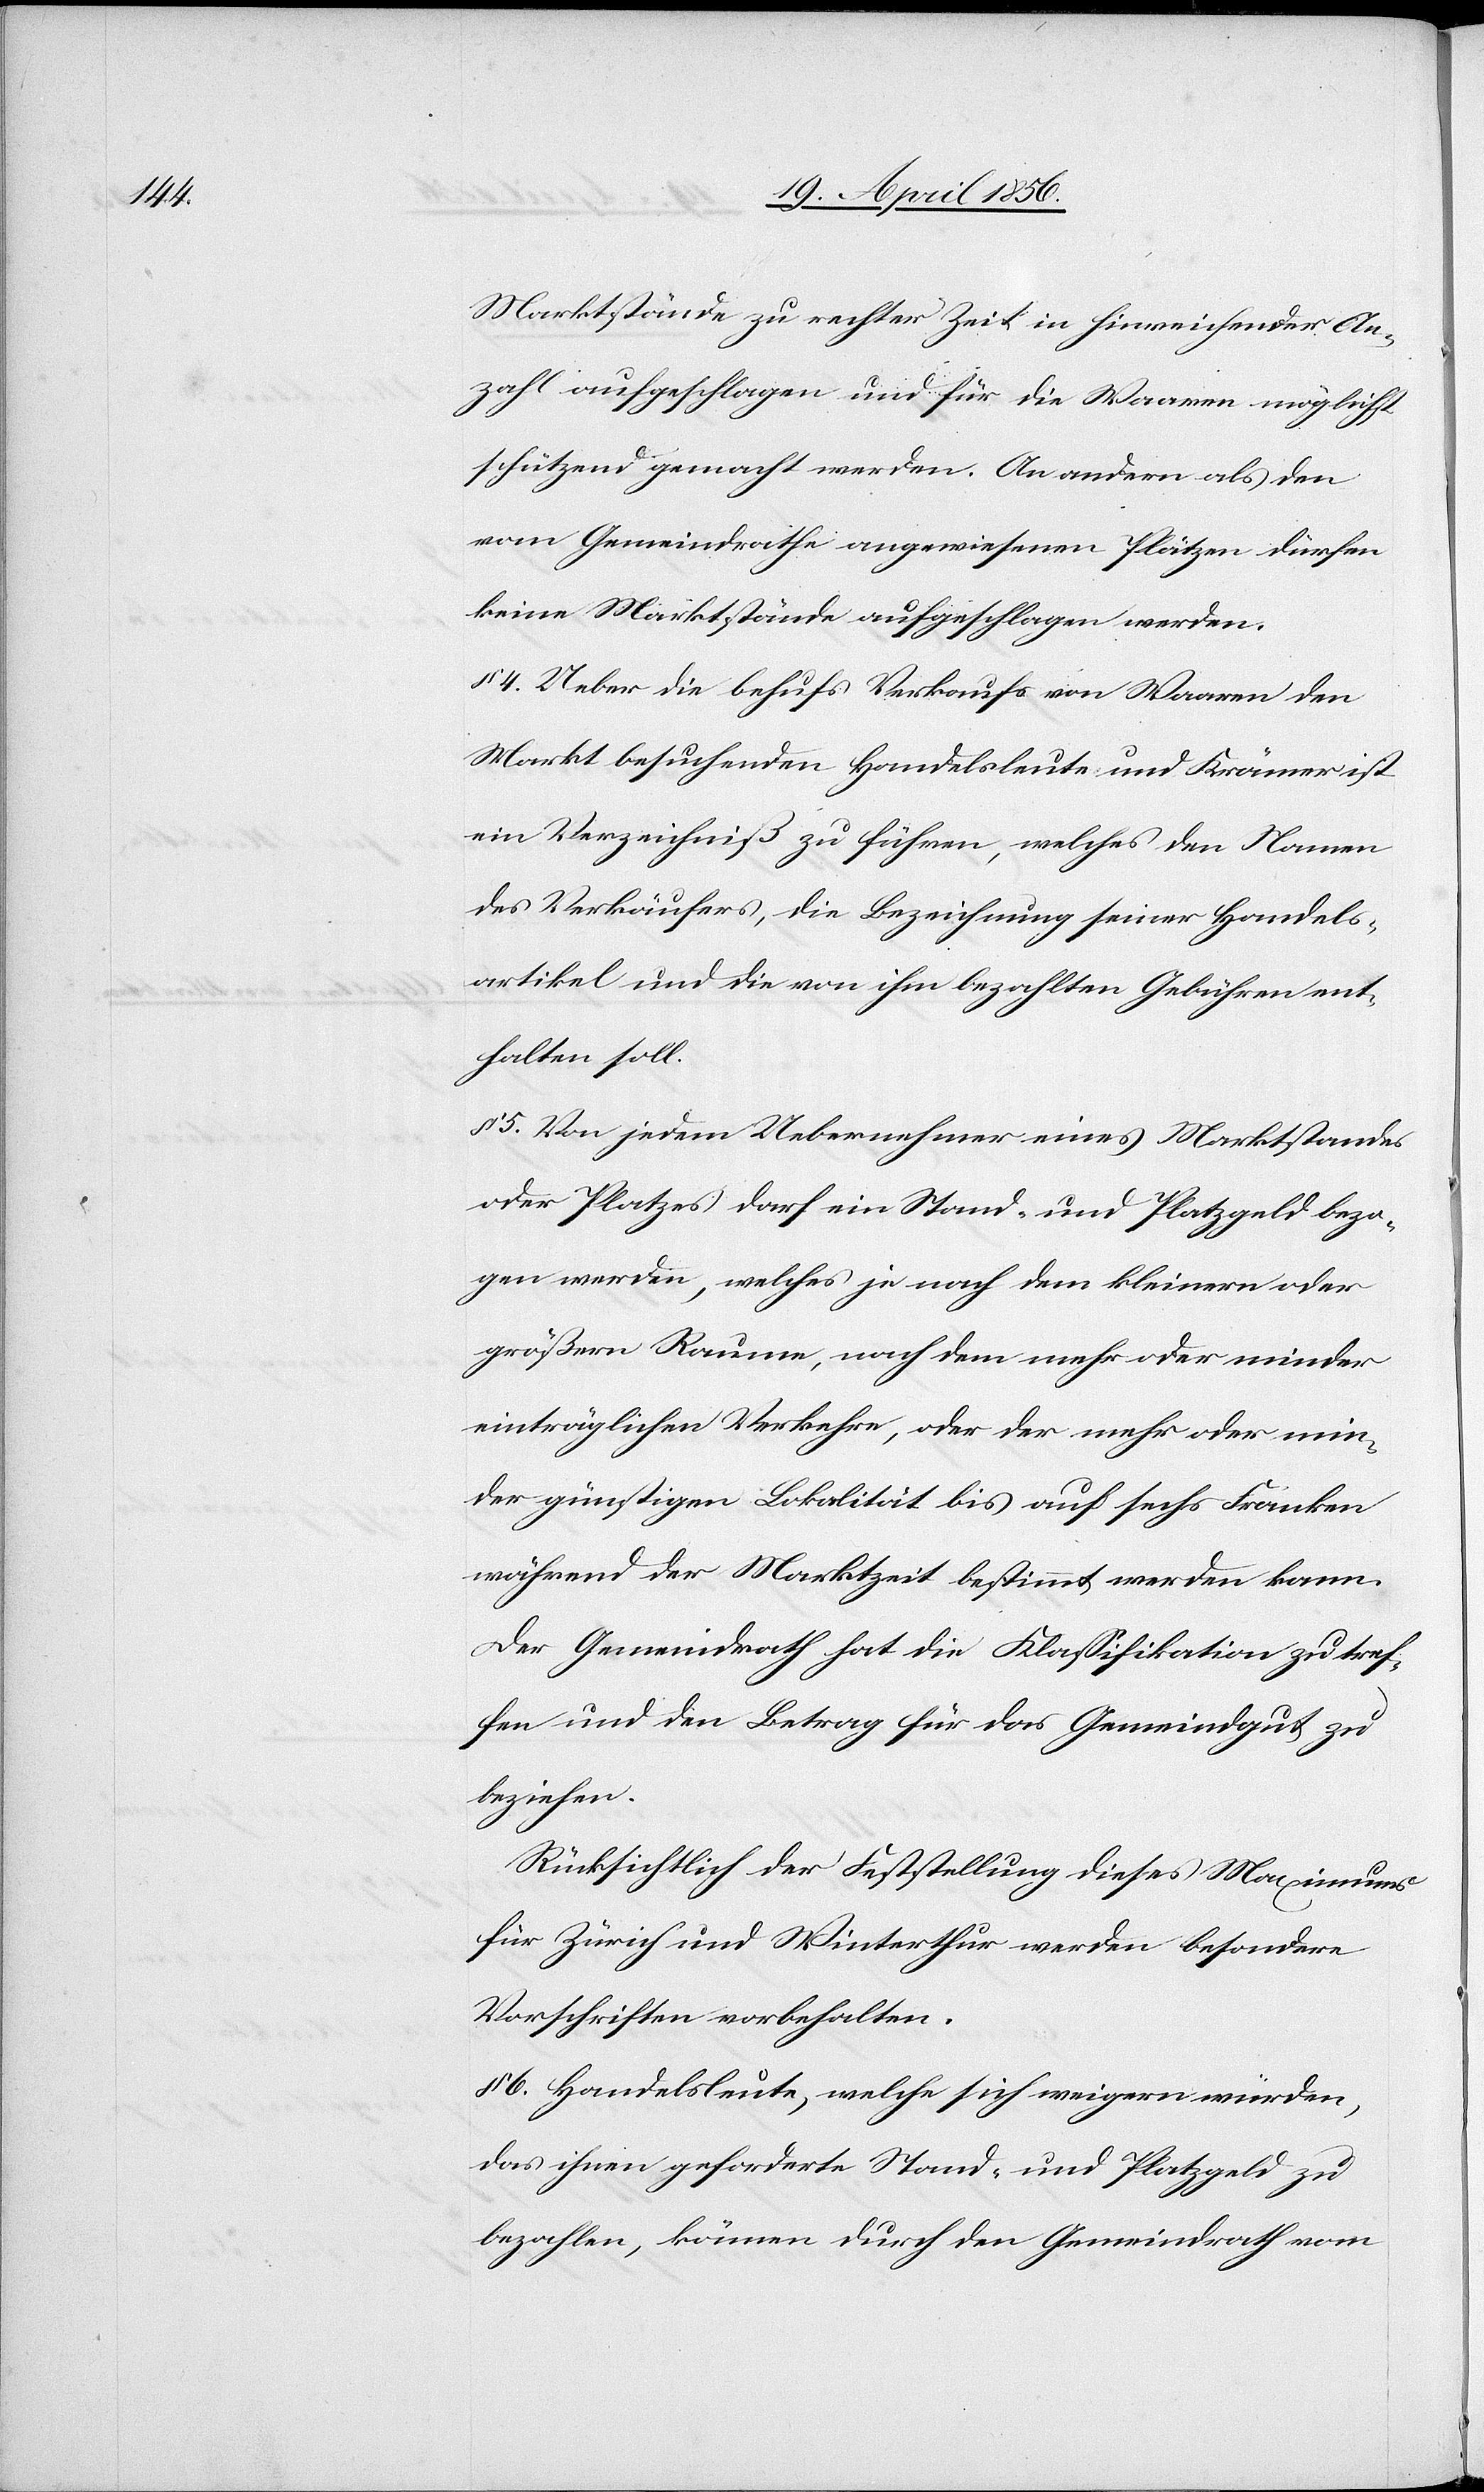
Marktstände zu rechter Zeit in hinreichender An¬
zahl aufgeschlagen und für die Waaren möglichst
schützend gemacht werden. An andern als den
vom Gemeindrath angewiesenen Plätzen dürfen
keine Marktstände aufgeschlagen werden.
§ 4. Ueber die behufs Verkaufs von Waaren den
Markt besuchenden Handelsleute und Krämer ist
ein Verzeichniß zu führen, welches den Namen
des Verkäufers, die Bezeichnung seiner Handels¬
artikel und die von ihm bezahlten Gebühren ent¬
halten soll.
§ 5. Von jedem Uebernehmer eines Marktstandes
oder Platzes darf ein Stand- und Platzgeld bezo¬
gen werden, welches je nach dem kleinern oder
größern Raume, nach dem mehr oder minder
einträglichen Verkehre, oder der mehr oder min¬
der günstigen Lokalität bis auf sechs Franken
während der Marktzeit bestimmt werden kann.
Der Gemeindrath hat die Klassifikation zu tref¬
fen und den Betrag für das Gemeindgut zu
beziehen.
Rücksichtlich der Feststellung dieses Maximums
für Zürich und Winterthur werden besondere
Vorschriften vorbehalten.
§ 6. Handelsleute, welche sich weigern würden,
das ihnen geforderte Stand- und Platzgeld zu
bezahlen, können durch den Gemeindrath vom